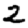
Digit: 2